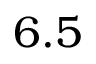
6 . 5